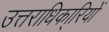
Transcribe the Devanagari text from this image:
उत्तराधिका्रियों